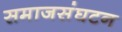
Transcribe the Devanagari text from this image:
समाजसंघटन